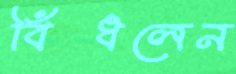
বিঁধলেন